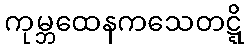
ကုမ္ဘထေနကသေတဋ္ဋိ